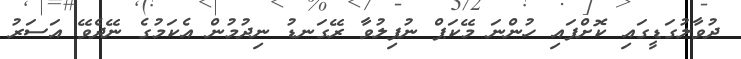
ދުވާލުގަޑީގައި ކޮށްފައި ހުންނަ މޭކަޕް ނުފިލުވާ ރޭގަނޑު ނިދުމުން އެކަމުގެ ނޭދެވޭ އަސަރު